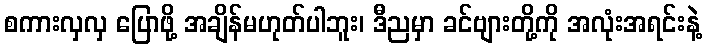
စကားလှလှ ပြောဖို့ အချိန်မဟုတ်ပါဘူး၊ ဒီညမှာ ခင်ဗျားတို့ကို အလုံးအရင်းနဲ့